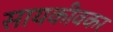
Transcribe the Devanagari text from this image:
सायकीवकर